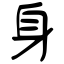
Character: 身